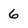
Character: 6